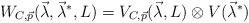
LaTeX: \begin{align*} W_{C, \vec{p}}(\vec{\lambda}, \vec{\lambda}^*, L) = V_{C, \vec{p}}(\vec{\lambda}, L) \otimes V(\vec{\lambda}^*)\\\end{align*}